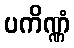
ပကိဏ္ဏံ